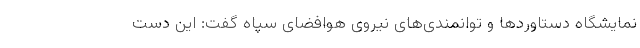
نمایشگاه دستاوردها و توانمندی‌های نیروی هوافضای سپاه گفت: این دست